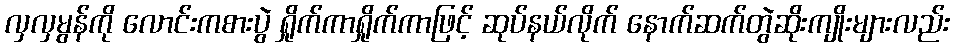
လှလှမွန်ကို လောင်းကစားပွဲ ရှိုက်ကာရှိုက်ကာဖြင့် ဆုပ်နယ်လိုက် နောက်ဆက်တွဲဆိုးကျိုးများလည်း